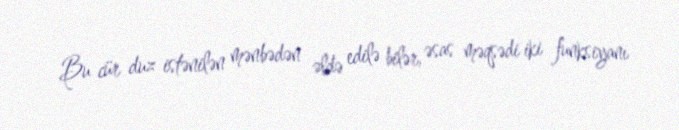
Bu cür duz istənilən mənbədən əldə edilə bilər, əsas məqsədi iki funksiyanı